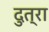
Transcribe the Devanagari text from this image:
दुत्रा